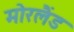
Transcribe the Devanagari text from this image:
मोरलैंड